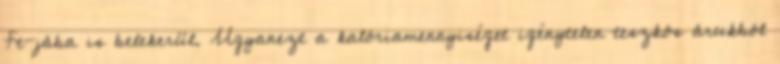
Ft-jába is belekerül. Ugyanezt a kalóriamennyiséget igénytelen teszkós árukból